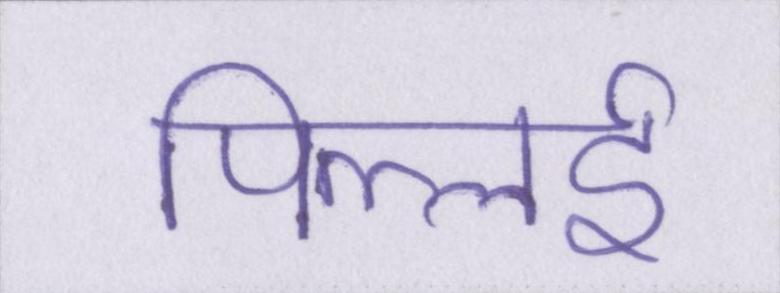
पिल्लई